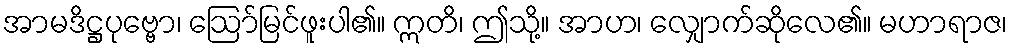
အာမဒိဋ္ဌပုဗ္ဗော၊ ဩော်မြင်ဖူးပါ၏။ ဣတိ၊ ဤသို့။ အာဟ၊ လျှောက်ဆိုလေ၏။ မဟာရာဇ၊